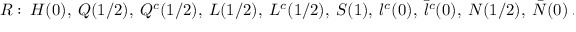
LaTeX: R : ~ H ( 0 ) , ~ Q ( 1 / 2 ) , ~ Q ^ { c } ( 1 / 2 ) , ~ L ( 1 / 2 ) , ~ L ^ { c } ( 1 / 2 ) , ~ S ( 1 ) , ~ l ^ { c } ( 0 ) , ~ \bar { l } ^ { c } ( 0 ) , ~ N ( 1 / 2 ) , ~ \bar { N } ( 0 ) ~ .